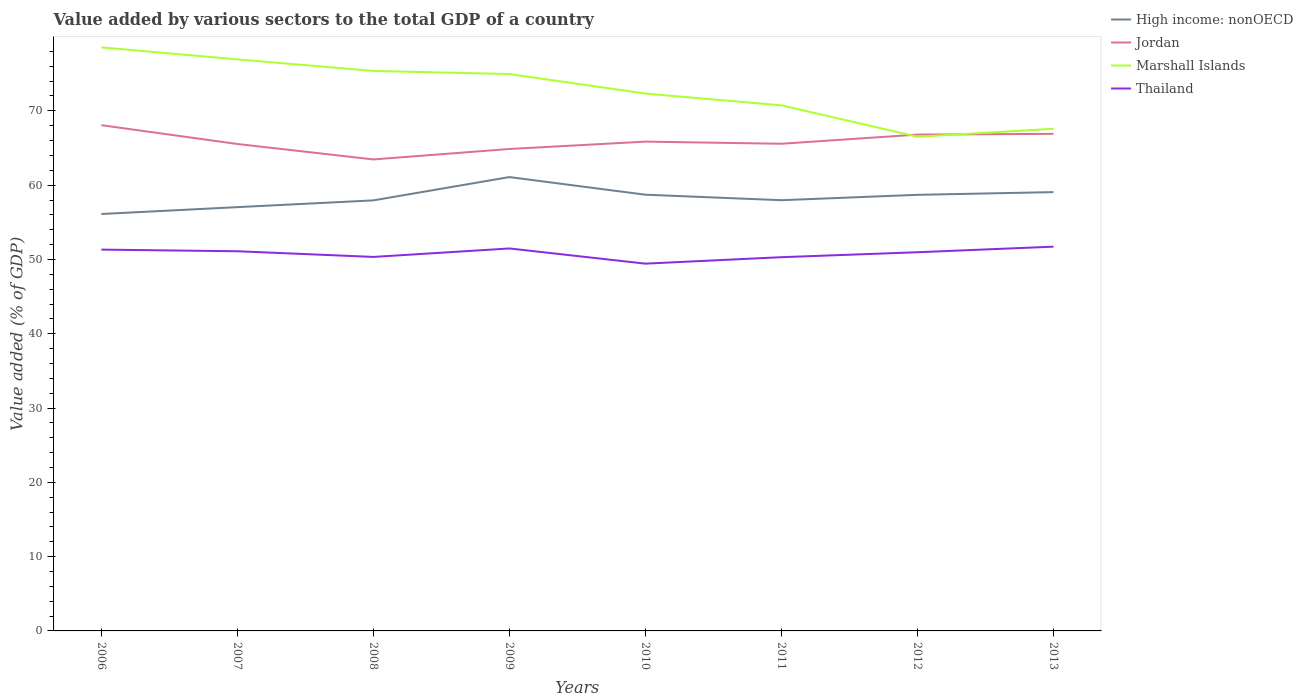
| Years | High income: nonOECD | Jordan | Marshall Islands | Thailand |
 | --- | --- | --- | --- | --- |
 | 2006 | 56.1 | 68.1 | 78.5 | 51.3 |
 | 2007 | 57 | 65.5 | 76.9 | 51.1 |
 | 2008 | 58 | 63.5 | 75.4 | 50.3 |
 | 2009 | 61.1 | 64.9 | 75 | 51.5 |
 | 2010 | 58.7 | 65.9 | 72.3 | 49.4 |
 | 2011 | 58 | 65.6 | 70.7 | 50.3 |
 | 2012 | 58.7 | 66.8 | 66.5 | 51 |
 | 2013 | 59.1 | 66.9 | 67.6 | 51.7 |